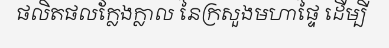
ផលិតផលក្លែងក្លាល នៃក្រសួងមហាផ្ទៃ ដើម្បី